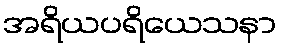
အရိယပရိယေသနာ